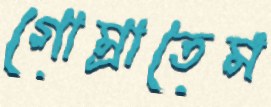
গোম্‌রাতেম